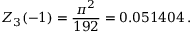
Z _ { 3 } ( - 1 ) = \frac { \pi ^ { 2 } } { 1 9 2 } = 0 . 0 5 1 4 0 4 \, { . }